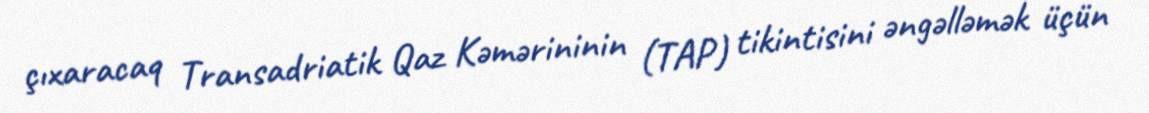
çıxaracaq Transadriatik Qaz Kəmərininin (TAP) tikintisini əngəlləmək üçün